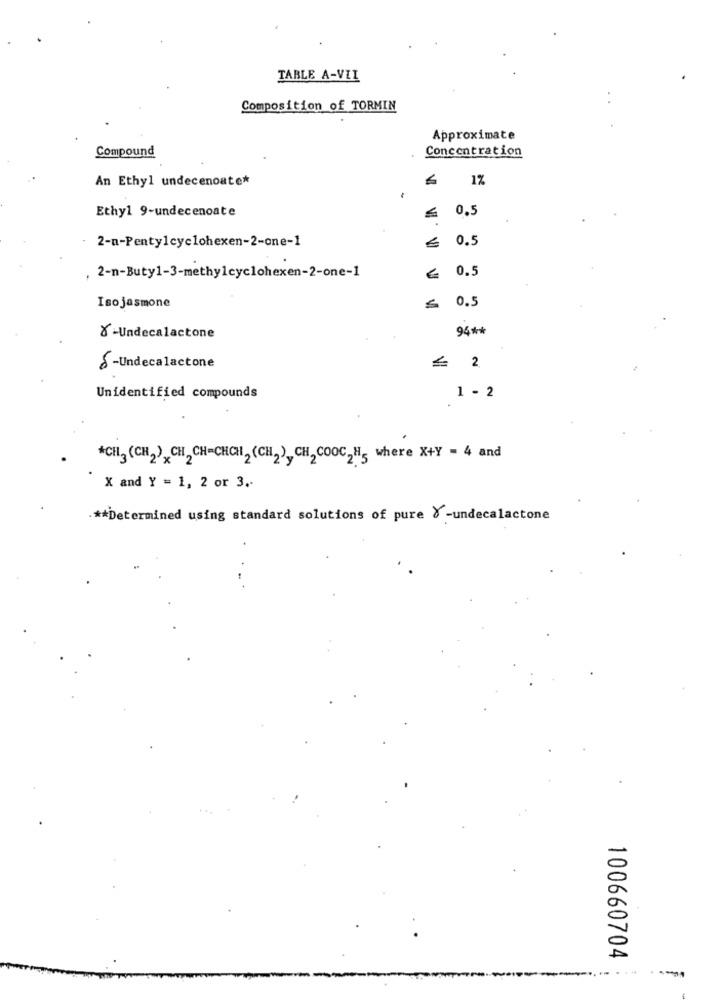
TABLE A-VII
Composition of TORMIN
Approximate
Compound
Concentration
An Ethyl undecenoate*
1%
Ethyl 9-undecenoate
≤ 0.5
2-m-Pentylcyclohexen-2-one-1
≤ 0.5
€ 0.5
2-n-Buty1-3-methylcyclohexen-2-one-1
≤ 0.5
Isojasmone
94 **
X-Undecalactone
2
8 -Undecalactone
1 - 2
Unidentified compounds
*CH3 (CH2),CH2CH=CHCHI2 (CH2),CH2COOC2H5 where X+Y = 4 and
X and Y = 1, 2 or 3.
.** Determined using standard solutions of pure & -undecalactone
100660704